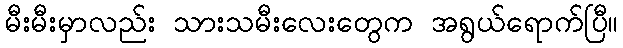
မီးမီးမှာလည်း သားသမီးလေးတွေက အရွယ်ရောက်ပြီ။